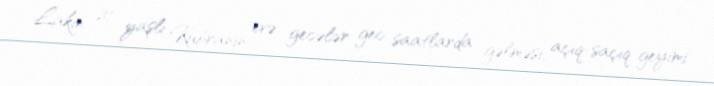
Lakin 21 yaşlı Kübranın evə gecələr gec saatlarda gəlməsi, açıq-saçıq geyimi